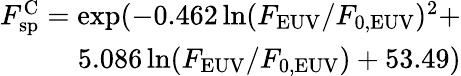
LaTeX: \begin{array}{r}{F_{\mathrm{sp}}^{\mathrm{C}}=\exp(-0.462\ln(F_{\mathrm{EUV}}/F_{\mathrm{0,EUV}})^{2}+}\\ {5.086\ln(F_{\mathrm{EUV}}/F_{\mathrm{0,EUV}})+53.49)}\end{array}